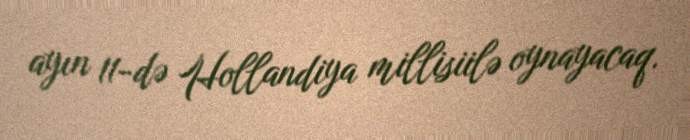
ayın 11-də Hollandiya millisiilə oynayacaq.